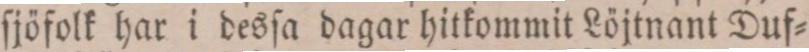
ſjöfolk har i desſa dagar hitkommit Löjtnant Duf=